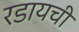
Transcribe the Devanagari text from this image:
रडायची